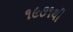
૧૯૭૧થી